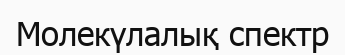
Молекүлалық спектр